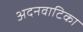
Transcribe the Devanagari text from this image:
अदनवाटिका